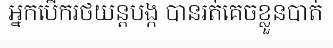
អ្នកបើករថយន្តបង្ក បានរត់គេចខ្លួនបាត់